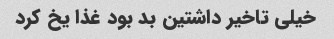
خیلی تاخیر داشتین بد بود غذا یخ کرد